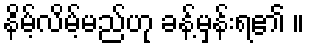
နိမ့်လိမ့်မည်ဟု ခန့်မှန်းရ၏ ။